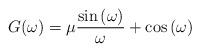
LaTeX: \begin{align*}G(\omega )=\mu \frac{\sin \left( \omega \right) }{\omega }+\cos \left( \omega \right)\end{align*}